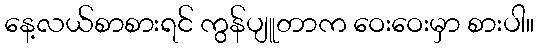
နေ့လယ်စာစားရင် ကွန်ပျူတာက ဝေးဝေးမှာ စားပါ။